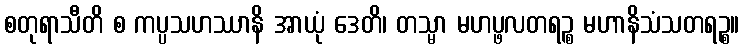
စတုရာသီတိ စ ကပ္ပသဟဿာနိ အာယုံ ဒေတိ၊ တသ္မာ မဟပ္ဖလတရဉ္စ မဟာနိသံသတရဉ္စ။